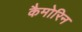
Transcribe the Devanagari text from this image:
कैमोरिन